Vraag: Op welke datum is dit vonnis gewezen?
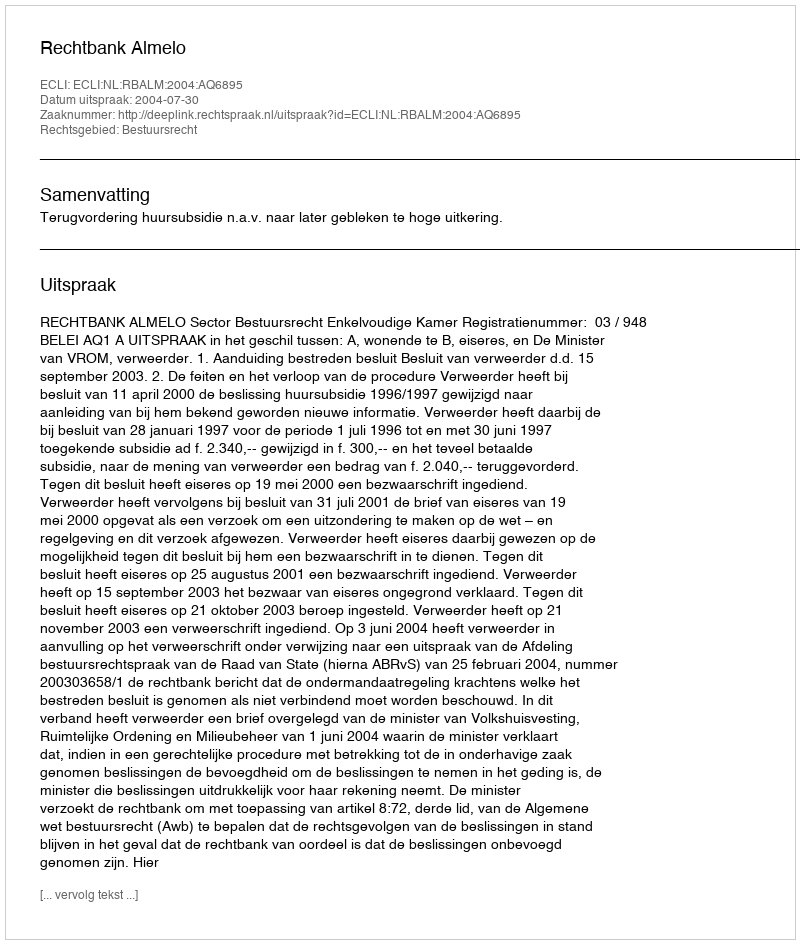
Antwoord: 2004-07-30